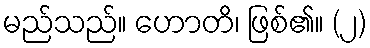
မည်သည်။ ဟောတိ၊ ဖြစ်၏။ (၂)